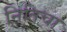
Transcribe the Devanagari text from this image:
नितिचा